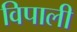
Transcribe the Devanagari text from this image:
विपाली